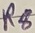
Text: R8